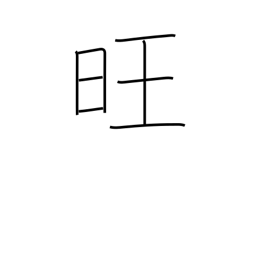
Meaning: vigorous